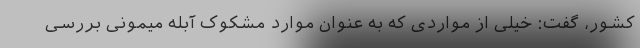
کشور، گفت: خیلی از مواردی که به عنوان موارد مشکوک آبله میمونی بررسی